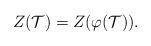
LaTeX: \begin{align*} Z(\mathcal{T})=Z(\varphi(\mathcal{T})). \end{align*}